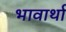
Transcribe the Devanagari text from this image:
भावार्था